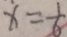
x = \frac { 1 } { 6 }